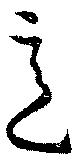
意